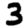
Digit: 3